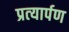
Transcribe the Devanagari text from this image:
प्रत्‍यार्पण